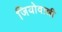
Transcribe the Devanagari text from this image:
जियोवान्नी